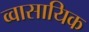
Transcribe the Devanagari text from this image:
व्वासायिक